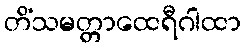
တိံသမတ္တာထေရီဂါထာ